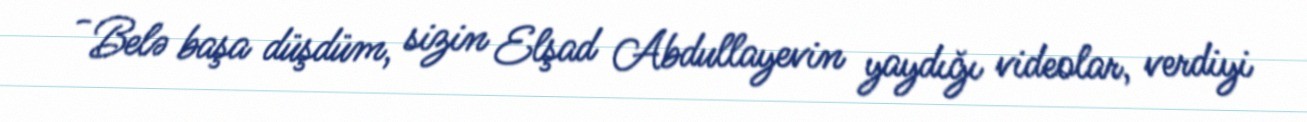
- Belə başa düşdüm, sizin Elşad Abdullayevin yaydığı videolar, verdiyi